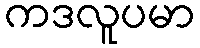
ကဒလူပမာ